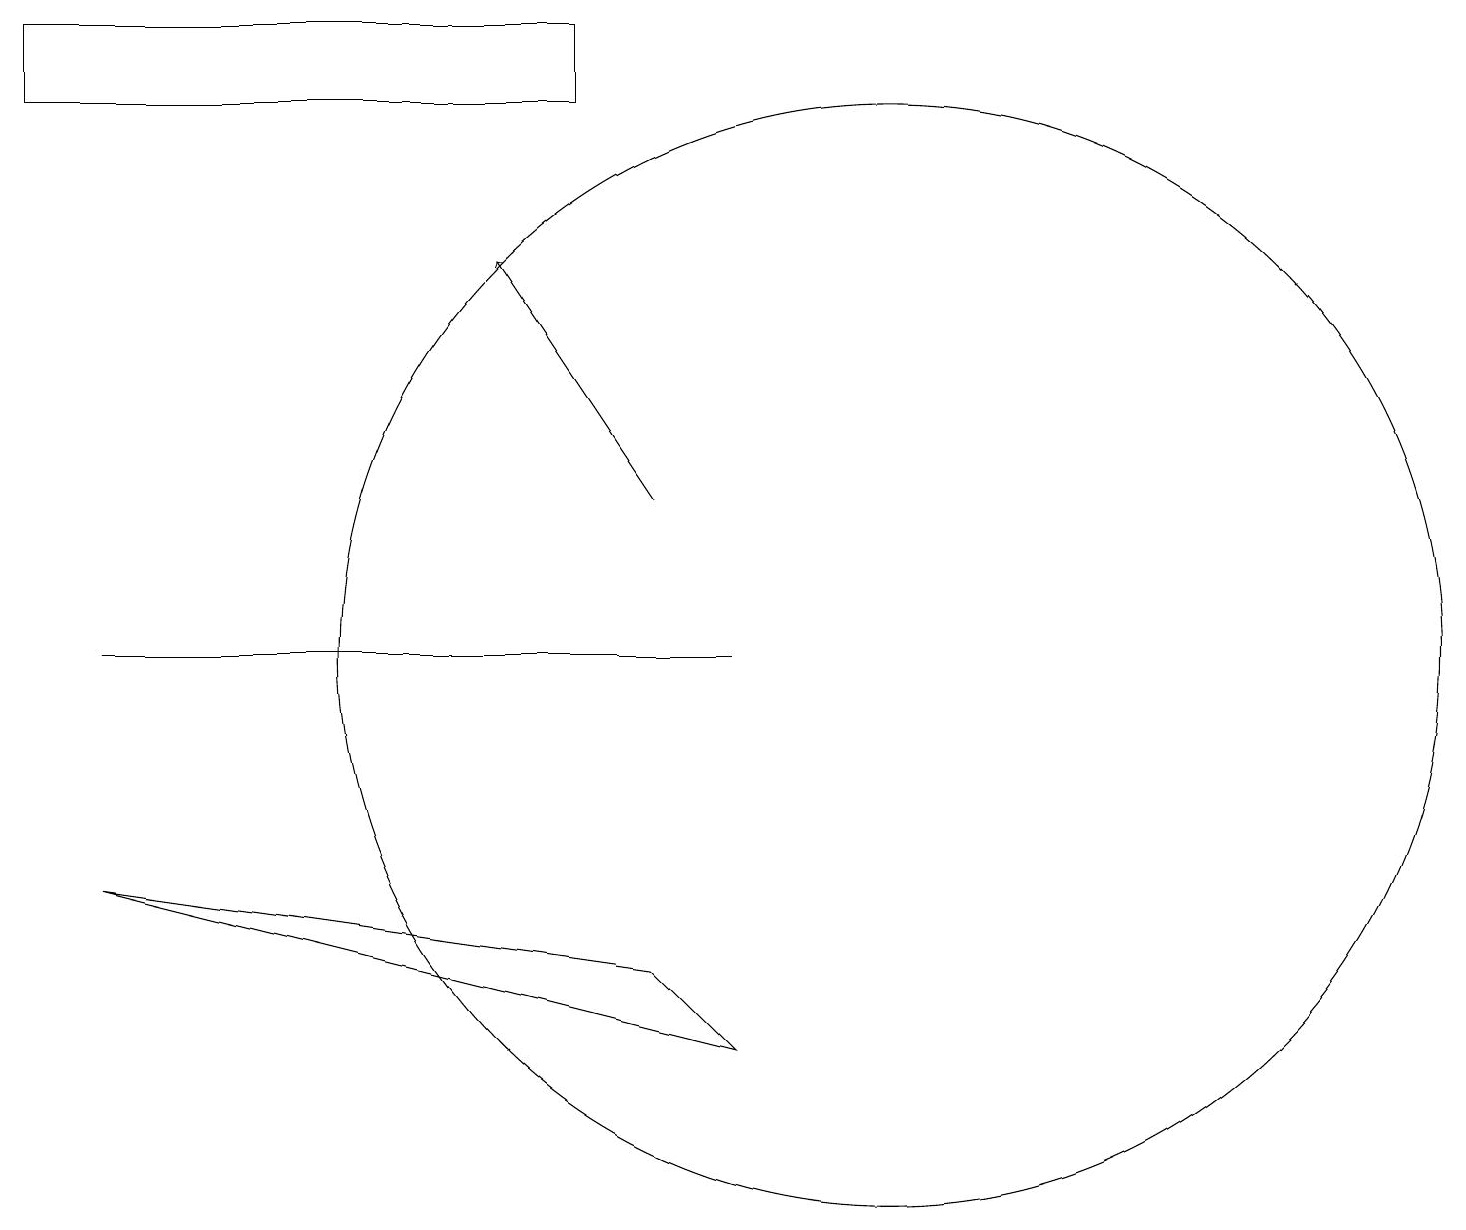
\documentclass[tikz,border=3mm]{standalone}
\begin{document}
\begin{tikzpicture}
\draw (1,11) rectangle (9,11);
\draw[->] (8,13) -- (6,16);
\draw (7,18) rectangle (0,19);
\draw (1,8) -- (8,7) -- (9,6) -- cycle;
\draw (11,11) circle (7);
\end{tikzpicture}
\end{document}